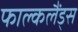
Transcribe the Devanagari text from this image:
फाल्कलैंड्स